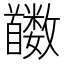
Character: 𬳛